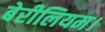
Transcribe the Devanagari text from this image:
बेरीलियम।